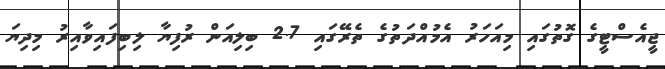
ޖީއެސްޓީގެ ގޮތުގައި މިއަހަރު އެމުއްދަތުގެ ތެރޭގައި 2.7 ބިލިއަން ރުފިޔާ ލިބިފައިވާއިރު މިދިޔަ